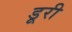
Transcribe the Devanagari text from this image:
डूरी